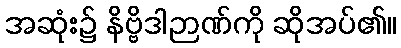
အဆုံး၌ နိဗ္ဗိဒါဉာဏ်ကို ဆိုအပ်၏။